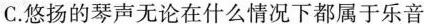
C.悠扬的琴声无论在什么情况下都属于乐音